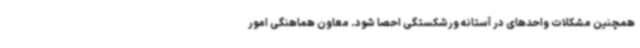
همچنین مشکلات واحدهای در آستانه ورشکستگی احصا شود. معاون هماهنگی امور